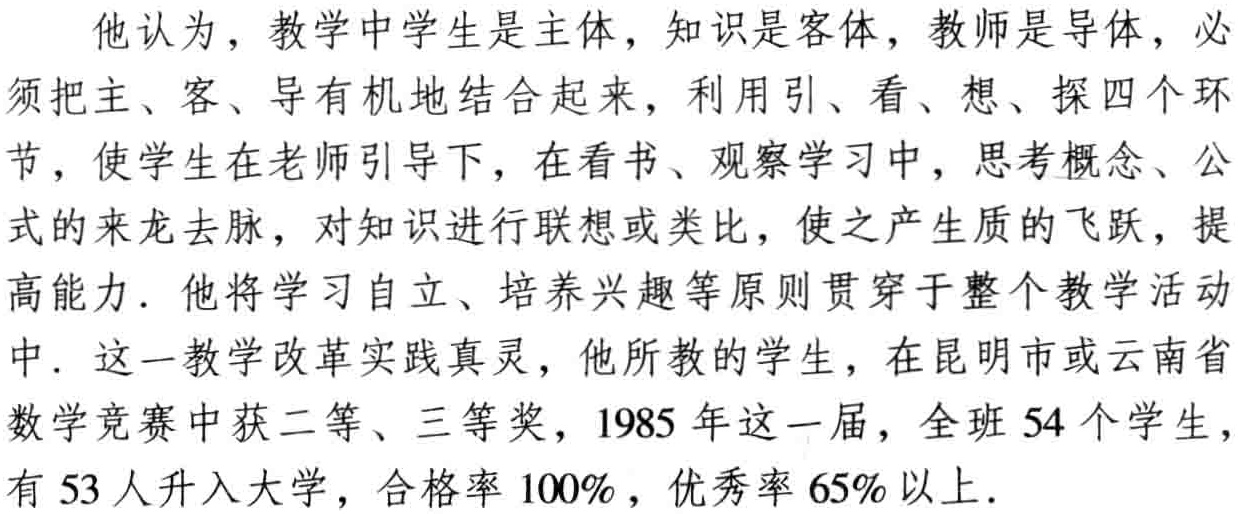
他认为，教学中学生是主体，知识是客体，教师是导体，必须把主、客、导有机地结合起来，利用引、看、想、探四个环节，使学生在老师引导下，在看书、观察学习中，思考概念、公式的来龙去脉，对知识进行联想或类比，使之产生质的飞跃，提高能力. 他将学习自立、培养兴趣等原则贯穿于整个教学活动中. 这一教学改革实践真灵，他所教的学生，在昆明市或云南省数学竞赛中获二等、三等奖，1985 年这一届，全班 54 个学生，有 53 人升入大学，合格率 100%，优秀率 65%以上.